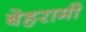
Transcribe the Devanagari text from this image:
बेहरामी